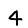
Digit: 4